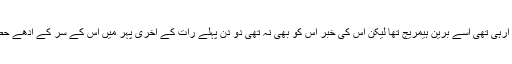
دوسری طرف سے آواز آرہی تھی اسے برین ہیمریج تھا لیکن اس کی خبر اس کو بھی نہ تھی دو دن پہلے رات کے آخری پہر میں اس کے سر کے آدھے حصے میں درد شروع ہوا۔